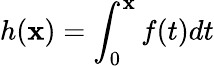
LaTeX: h(\mathbf{x})=\int_{0}^{\mathbf{x}}f(t)dt